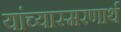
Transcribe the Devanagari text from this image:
यांच्यास्मरणार्थ